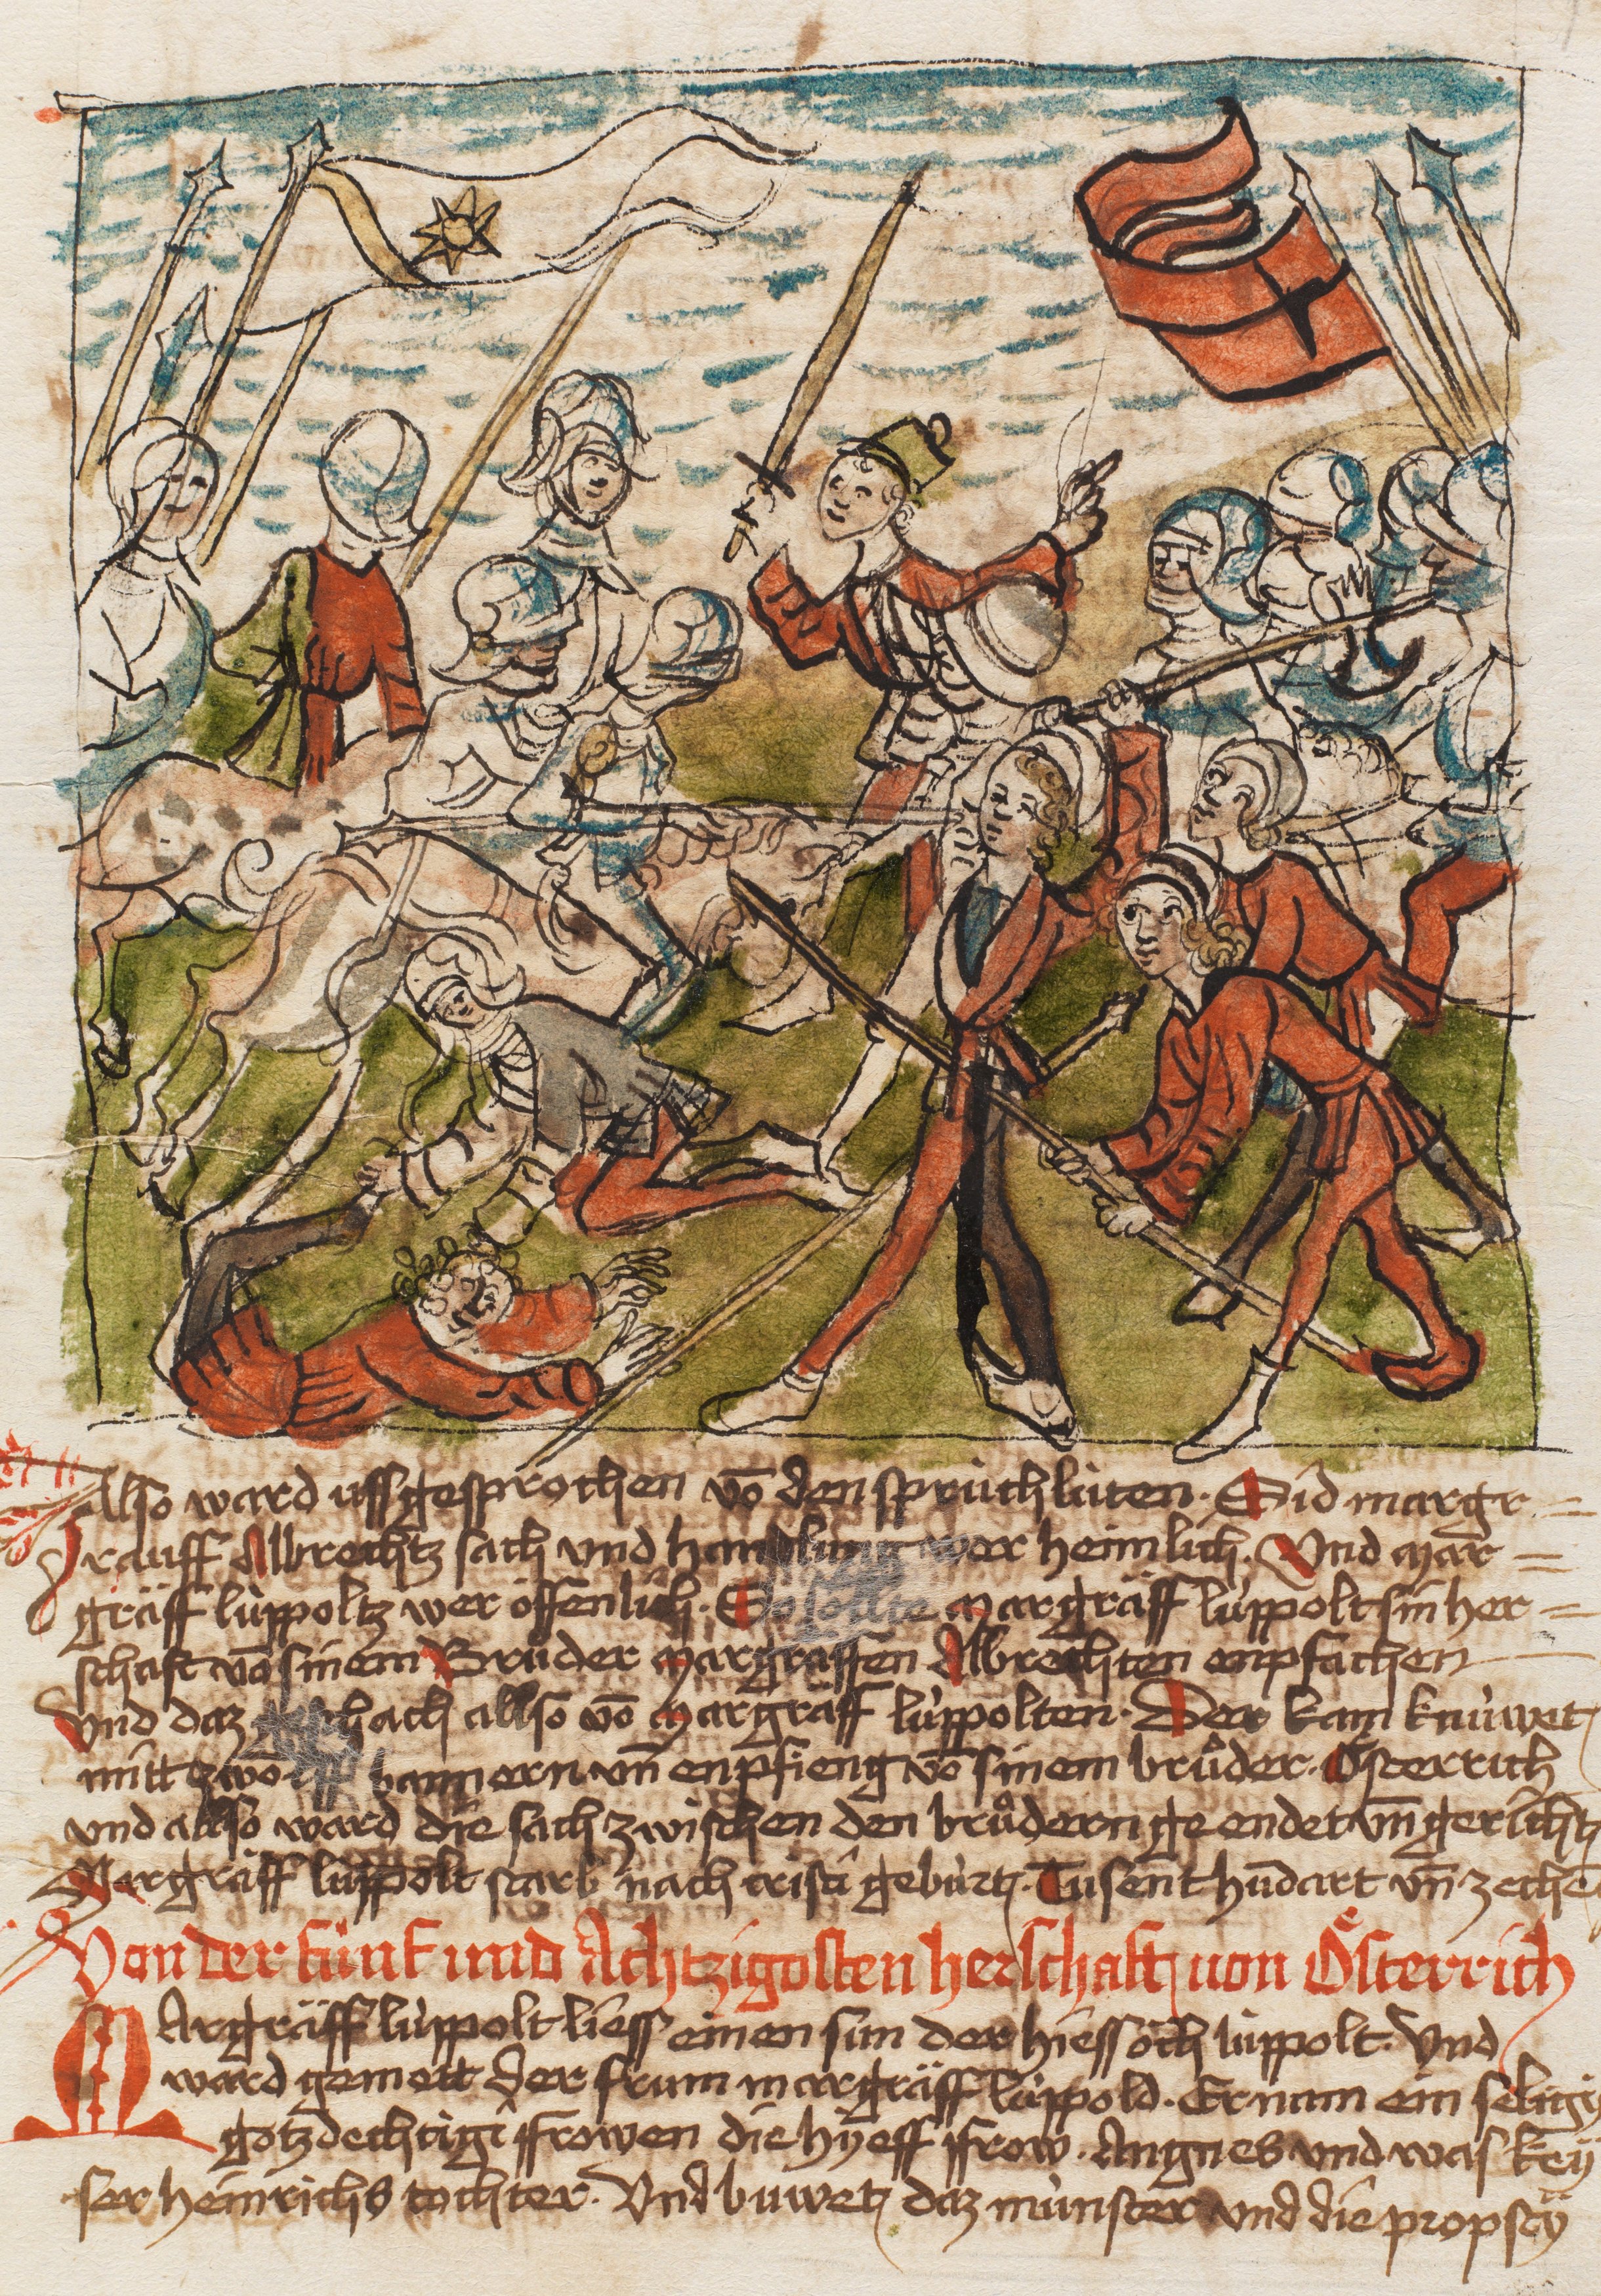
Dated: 1479–1480